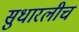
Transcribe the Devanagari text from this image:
सुधारलीच